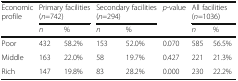
<table><thead><tr><td><b>Economic profile</b></td><td colspan="2"><b>Primary facilities (<i>n</i>=742)</b></td><td colspan="2"><b>Secondary facilities (<i>n</i>=294)</b></td><td><b><i>p</i>-value</b></td><td colspan="2"><b>All facilities (<i>n</i>=1036)</b></td></tr><tr><td></td><td><b><i>n</i></b></td><td><b>%</b></td><td><b><i>n</i></b></td><td><b>%</b></td><td></td><td><b><i>n</i></b></td><td><b>%</b></td></tr></thead><tbody><tr><td>Poor</td><td>432</td><td>58.2%</td><td>153</td><td>52.0%</td><td>0.070</td><td>585</td><td>56.5%</td></tr><tr><td>Middle</td><td>163</td><td>22.0%</td><td>58</td><td>19.7%</td><td>0.427</td><td>221</td><td>21.3%</td></tr><tr><td>Rich</td><td>147</td><td>19.8%</td><td>83</td><td>28.2%</td><td>0.000</td><td>230</td><td>22.2%</td></tr></tbody></table>